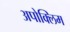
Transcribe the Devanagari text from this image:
अपोक्लिम